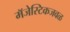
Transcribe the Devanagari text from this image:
मॅजेस्टिकजवळ